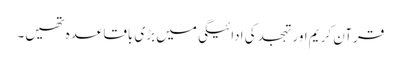
قرآن کریم اور تہجد کی ادائیگی میں بڑی باقاعدہ تھیں۔